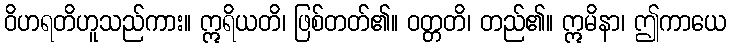
ဝိဟရတိဟူသည်ကား။ ဣရိယတိ၊ ဖြစ်တတ်၏။ ဝတ္တတိ၊ တည်၏။ ဣမိနာ၊ ဤကာယေ